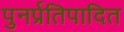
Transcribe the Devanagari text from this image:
पुनर्प्रतिपादित